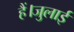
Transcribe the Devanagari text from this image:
हैं।जुलाई